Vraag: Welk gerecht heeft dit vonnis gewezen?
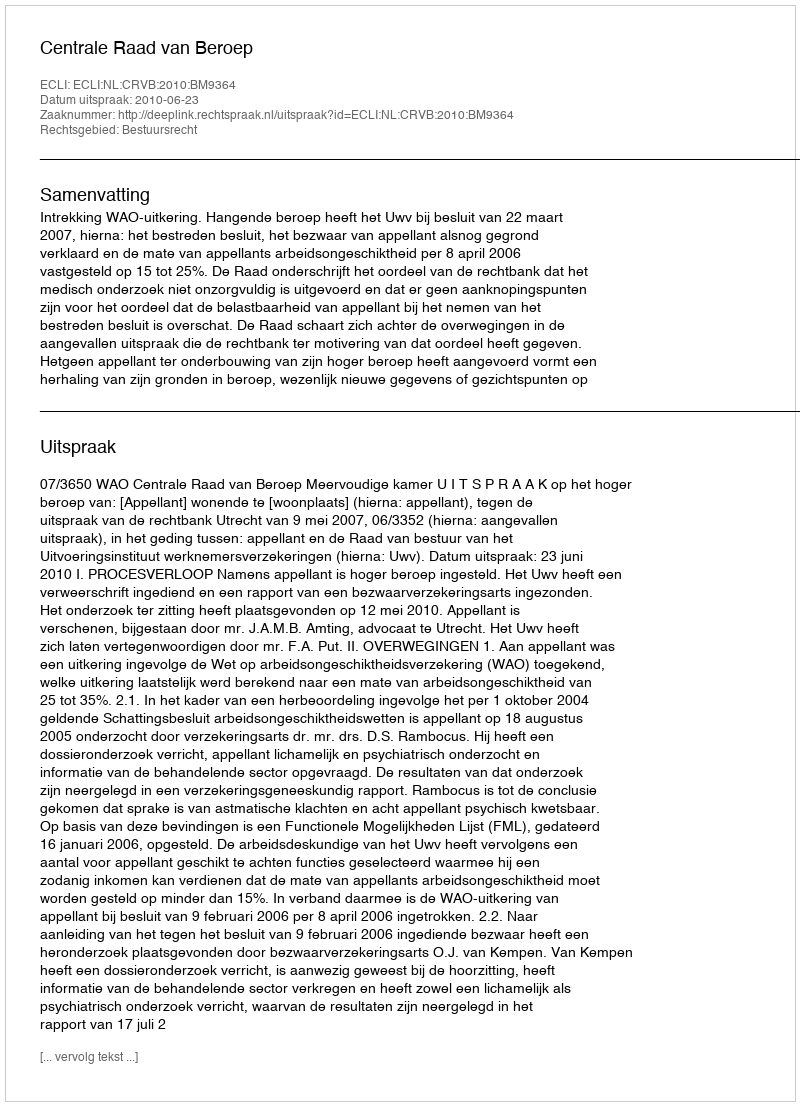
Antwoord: Centrale Raad van Beroep